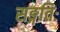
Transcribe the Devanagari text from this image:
सङ्गतिः